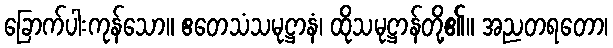
ခြောက်ပါးကုန်သော။ ဧတေသံသမုဋ္ဌာနံ၊ ထိုသမုဋ္ဌာန်တို့၏။ အညတရတော၊